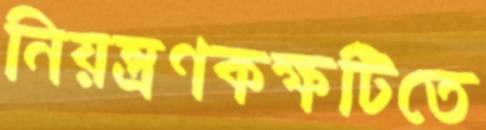
নিয়ন্ত্রণকক্ষটিতে